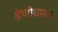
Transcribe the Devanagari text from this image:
श्रेणीधारक